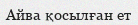
Айва қосылған ет